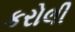
કરોલી